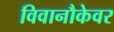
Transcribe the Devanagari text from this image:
विवानौकेवर